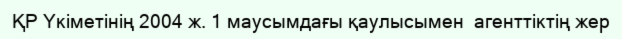
ҚР Үкіметінің 2004 ж. 1 маусымдағы қаулысымен  агенттіктің жер